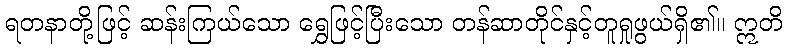
ရတနာတို့ဖြင့် ဆန်းကြယ်သော ရွှေဖြင့်ပြီးသော တန်ဆာတိုင်နှင့်တူရှုဖွယ်ရှိ၏။ ဣတိ